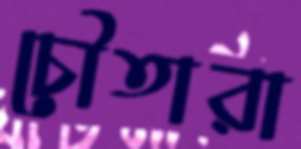
চৌতারা